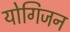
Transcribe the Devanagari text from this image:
योगिजन